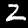
Digit: 2